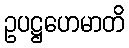
ဥပဋ္ဌဟေမာတိ